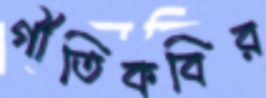
গীতিকবির